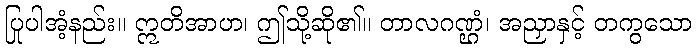
ပြုပါအံ့နည်း။ ဣတိအာဟ၊ ဤသို့ဆို၏။ တာလဂဏ္ဌံ၊ အညှာနှင့် တကွသော